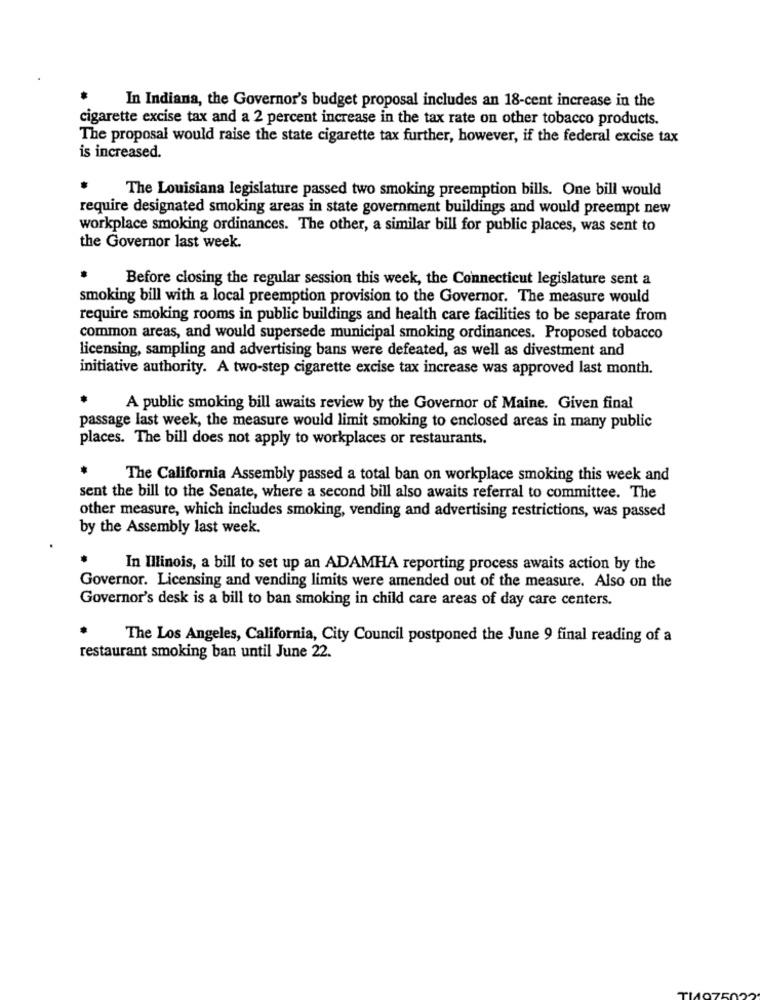
In Indiana, the Governor's budget proposal includes an 18-cent increase in the
cigarette excise tax and a 2 percent increase in the tax rate on other tobacco products.
The proposal would raise the state cigarette tax further, however, if the federal excise tax
is increased.
The Louisiana legislature passed two smoking preemption bills. One bill would
require designated smoking areas in state government buildings and would preempt new
workplace smoking ordinances. The other, a similar bill for public places, was sent to
the Governor last week.
Before closing the regular session this week, the Connecticut legislature sent a
smoking bill with a local preemption provision to the Governor. The measure would
require smoking rooms in public buildings and health care facilities to be separate from
common areas, and would supersede municipal smoking ordinances. Proposed tobacco
licensing, sampling and advertising bans were defeated, as well as divestment and
initiative authority. A two-step cigarette excise tax increase was approved last month.
.
A public smoking bill awaits review by the Governor of Maine. Given final
passage last week, the measure would limit smoking to enclosed areas in many public
places. The bill does not apply to workplaces or restaurants.
The California Assembly passed a total ban on workplace smoking this week and
sent the bill to the Senate, where a second bill also awaits referral to committee. The
other measure, which includes smoking, vending and advertising restrictions, was passed
by the Assembly last week.
In Illinois, a bill to set up an ADAMHA reporting process awaits action by the
Governor. Licensing and vending limits were amended out of the measure. Also on the
Governor's desk is a bill to ban smoking in child care areas of day care centers.
The Los Angeles, California, City Council postponed the June 9 final reading of a
restaurant smoking ban until June 22.